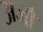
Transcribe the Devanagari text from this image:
अजौं